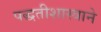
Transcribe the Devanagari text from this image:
पद्धतीशास्त्राने